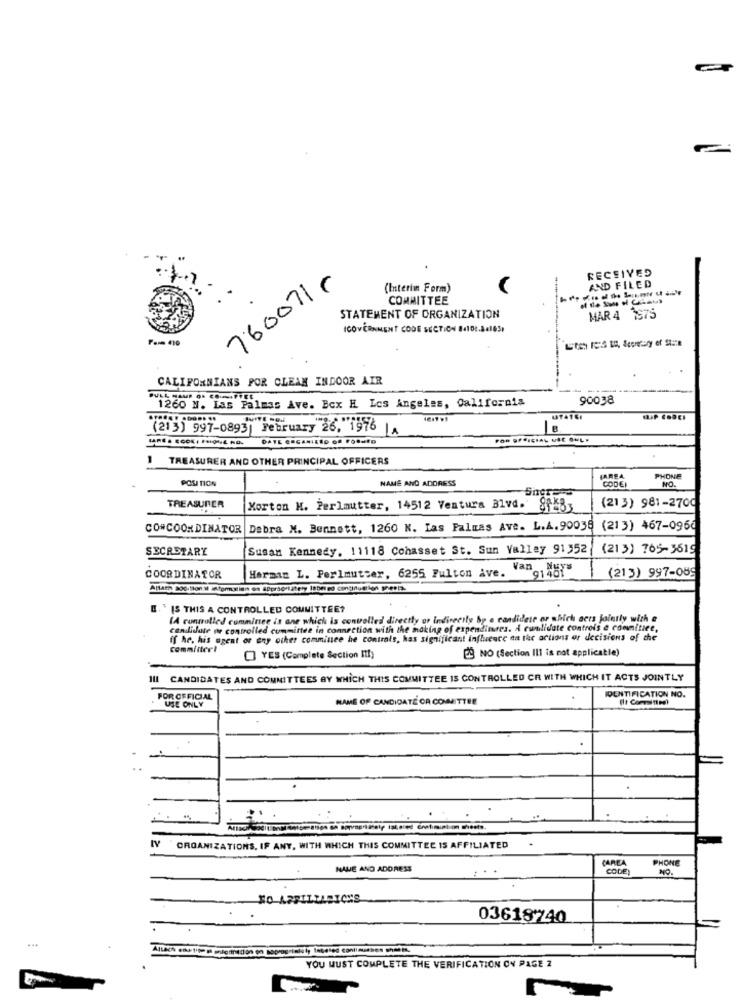
RECEIVED
760071-
AND FILED
(Interim Form)
COMMITTEE
STATEMENT OF ORGANIZATION
MAR 4 1575
IGOVERNMENT CODE SECTION 84102.8.165,
Pom 410
CALIFORNIANS POR CLEAN INDOOR AIR
90038
Las Palmas Ave. Box H Los Angeles, California
(213) 997-0893) February 26, 1976 |4
1
TREASURER AND OTHER PRINCIPAL OFFICERS
POU TION
NAME AND ADDRESS
CODE
PHONE
NO.
TREASURER
Morton H. Perlmutter, 14512 Ventura Blvd. 8f483
(213) 981-2700
CO#COORDINATOR Debra M. Bennett, 1260 N. Las Palmas Ave. L.A.90038 (213) 467-0960
SECRETARY
Susan Kennedy, 11118 Cohasset St. Sun Valley 91352
(213) 765-3619
Herman L. Perlmutter, 6255 Fulton ive. Van Nuys
(213) 997-089
COORDINATOR
H. IS THIS A CONTROLLED COMMITTEE?
(A controlled committee is ane which is controlled directly or Indirectly bp e candidete or which acts jointly with e
candidate or controlled committee in connection with the making of expenditures. A culidate controls e committee,
ff he. his agent or any other commince he controls, kas significant influence on the actions or decisions of the
committer!
@ NO (Section III is not applicable)
YES (Complete Section It!)
Ill CANDIDATES AND COMMITTEES BY WHICH THIS COMMITTEE IS CONTROLLED CR WITH WHICH IT ACTS JOINTLY
IDENTIFICATION NO.
FOR CEFICIAL
NAME OF CANDIDATE CA COMMITTEE
USE ONLY
ORGANIZATIONS, IF ANY, WITH WHICH THIS COMMITTEE IS AFFILIATED
CAREA
PHONE
NAME AND ADDRESS
CODE)
03618740
YOU MUST COMPLETE THE VERIFICATION ON PAGE 2